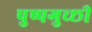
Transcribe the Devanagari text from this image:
पुष्पगुच्छी